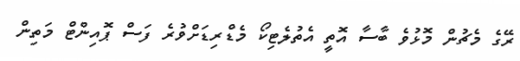
ރޭގެ މެޗުން މޮޅުވެ ބާސާ އޮތީ އެތުލެޓިކޯ މެޑްރިޑަށްވުރެ ފަސް ޕޮއިންޓް މަތިން